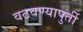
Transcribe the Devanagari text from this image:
वठवण्यापुर्ती